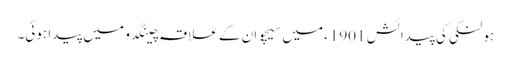
ہو لنکی کی پیدائش 1901ء میں سیچوان کے علاقہ چینگدو میں پیدا ہوئی۔